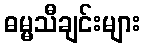
ဓမ္မသီချင်းများ